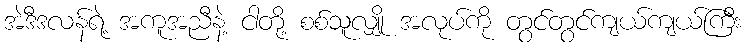
အဲဒီဒလန်ရဲ့ အကူအညီနဲ့ ငါတို့ စစ်သူလျှို အလုပ်ကို တွင်တွင်ကျယ်ကျယ်ကြီး